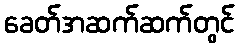
ခေတ်အဆက်ဆက်တွင်